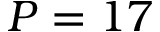
P = 1 7